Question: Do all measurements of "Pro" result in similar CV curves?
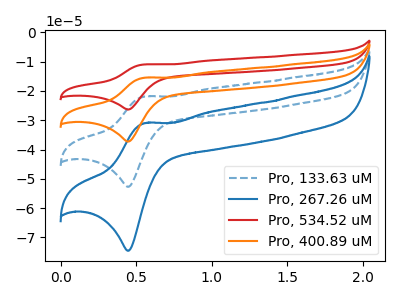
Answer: <think>The blue dashed curve "Pro, 133.63 uM" has an anodic peak at (0.55V, -21.90uA) and a cathodic peak at (0.45V, -52.70uA). The blue curve "Pro, 267.26 uM" has an anodic peak at (0.55V, -31.00uA) and a cathodic peak at (0.45V, -74.55uA). The red curve "Pro, 534.52 uM" has an anodic peak at (0.55V, -65.70uA) and a cathodic peak at (0.45V, -158.10uA). The orange curve "Pro, 400.89 uM" has an anodic peak at (0.55V, -43.80uA) and a cathodic peak at (0.45V, -105.40uA).
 All the peaks in "Pro, 133.63 uM" have a peak in "Pro, 267.26 uM" at the same potential. All the peaks in "Pro, 133.63 uM" have a peak in "Pro, 534.52 uM" at the same potential. All the peaks in "Pro, 133.63 uM" have a peak in "Pro, 400.89 uM" at the same potential. All the peaks in "Pro, 267.26 uM" have a peak in "Pro, 534.52 uM" at the same potential. All the peaks in "Pro, 267.26 uM" have a peak in "Pro, 400.89 uM" at the same potential. All the peaks in "Pro, 534.52 uM" have a peak in "Pro, 400.89 uM" at the same potential.</think>
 <answer>All the CV's of "Pro" have similar shape.</answer>
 <eval>follow_rule</eval>